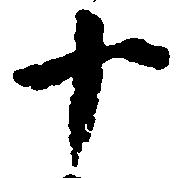
十